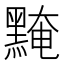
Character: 黤